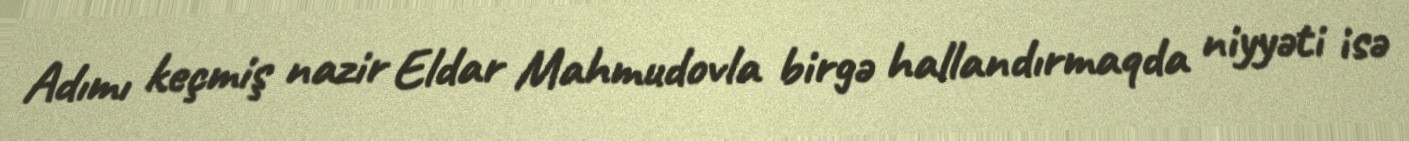
Adımı keçmiş nazir Eldar Mahmudovla birgə hallandırmaqda niyyəti isə